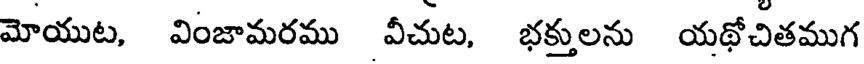
మోయుట, వింజామరము వీచుట, భక్తులను యథోచితముగ